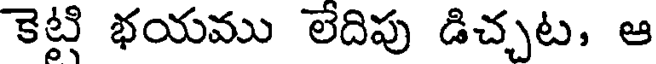
కెట్టి భయము లేదిపు డిచ్చట, ఆ